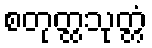
စတုတ္ထသုတ္တံ